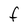
Character: F